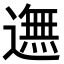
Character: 𨖴